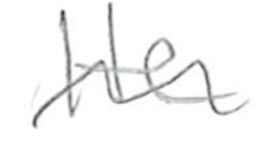
Text: He
Cross-out: wave
Writing tool: pencil